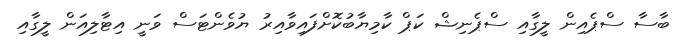
ބާސާ ސްޕެއިން ލީގާއި ސްޕެނިޝް ކަޕް ކާމިޔާބުކޮށްފައިވާއިރު ޔުވެންޓަސް ވަނީ އިޓާލިއަން ލީގާއި